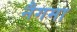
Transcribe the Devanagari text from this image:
नैगमा